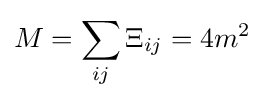
M=\sum _{ij}\Xi _{ij}=4m^{2}